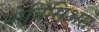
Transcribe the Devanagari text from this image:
नोविसिअस